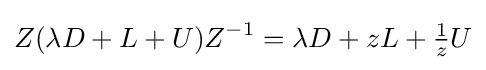
Z(\lambda D+L+U)Z^{-1}=\lambda D+zL+{\tfrac {1}{z}}U